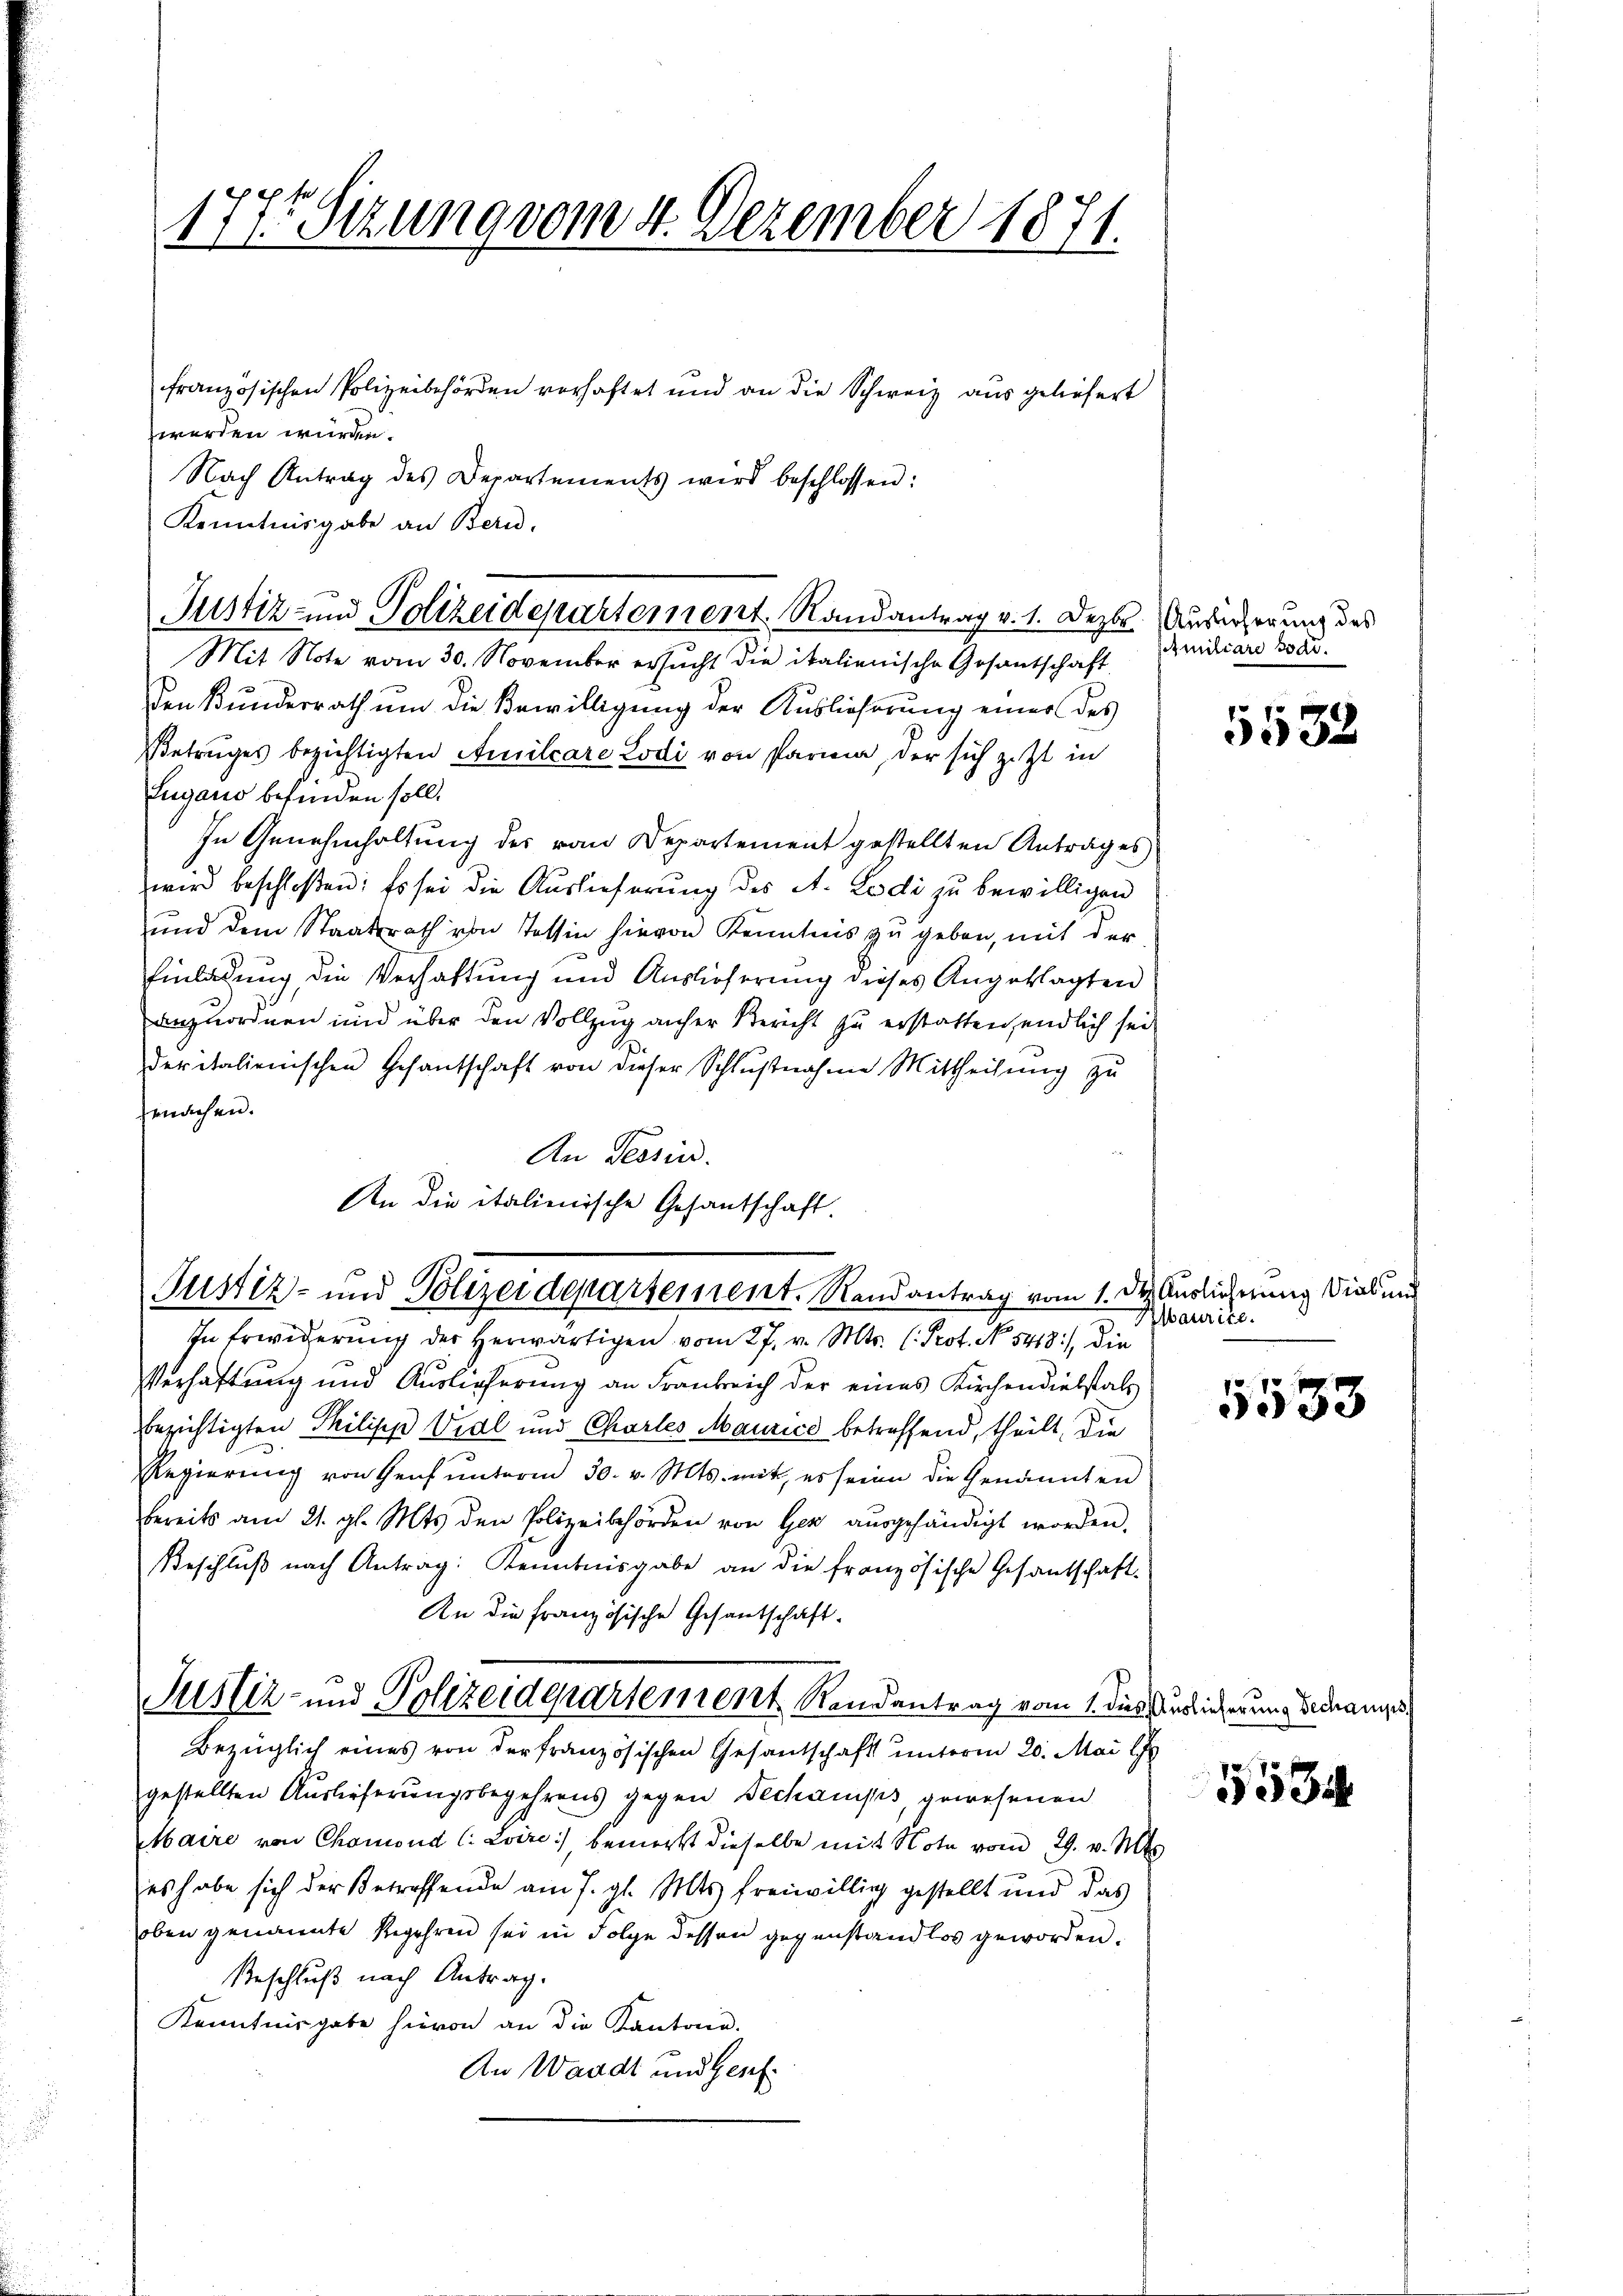
177. Sizung vom 4. Dezember 1871.

französischen Polizeibehörden verhaftet und an die Schweiz aus geliefert
werden wurden.
Nach Antrag des Departements wird beschlossen:
Kenntnisgabe an Bern.
Mit Note vom 30. November ersucht die italienische Gesantschaft
den Kunderrath um die Bewilligung der Auslieferung einer des
Betruges bezichtigten Amilcare Lodi von Parien, der sich jetzt in
Lugano befinden soll.
In Genehmhaltung des von Departement gestellten Antrages
wird beschloßen: Es sei die Auslieferung des A. Ladi zu bewilligen
und dem Staatsrath von Tessin hievon Kenntnis zu geben, mit der
Einladung die Verhaltung und Auslieferung dieses Angeklagten
anzuordnen und über den Vollzug anher Bericht zu erstatten, endlich sei
deritalienischen Gesantschaft von dieser Schlŭβnahme Mittheilŭng zŭ
fenachen.
An Tessin.
An die italienische Gesantschaft.
Justiz- und Polizeidepartement. Randantrag vom 1. dez Auslieferung dies un
In Erwiderung der herwärtigen vom 27. v. Mts. (: Prot. No 5418), die
Verhaftung und Auslieferung an Frankreich der eines Kirchendiebstals
besichtigten Philipp Viel und Chartes Maurice betreffend, theilt, die
Regierung von Genf ŭnterm 30. v. Mts. mit, es seine die Genannten
bereits am 21. gl. Mts. den Polizeibehörden von Ger aŭsgehändigt worden.
Beschluß nach Antrag: Kenntnisgabe an die französische Gesantschaft-
An die französische Gesantschaft-
Justiz- und Polizeidepartement Randantrag vom 1. dies
Bezüglich eines von der französischen Gesantschaft unterm 20. Mai l
gestellten Auslieferungsbegehrens gegen Dechamps, gewesenen
Maire von Chamond C. Loize), bemerkt dieselbe mit Note vom 29. v. Mts.
es habe sich der Betreffende am 7. gl. Mts. freiwillig gestellt und das
oben genannte Regehren sei in Folge dessen gegenstandlos geworden.
Beschluß nach Antrag.
Kenntnisgabe hievon an die Kantone.
An Waadt und Genf

Justiz- und Polizeidepartement. Randantrag v. 1. Dezbr. Ausicherung des

familiare Tode.

5532

Ibaurice.

5533

5534

Auslieferung Dechamps